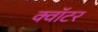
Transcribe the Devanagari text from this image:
क्वॉटर